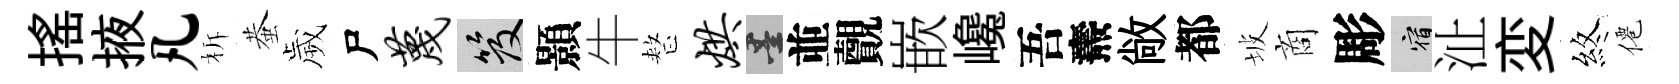
揺掖凡柝蛬歲尸蔑笈顥牛整烘墨並覿嵌巉吾燾敞都坡商彫宿沚変煞僊